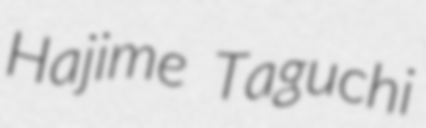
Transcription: Hajime Taguchi